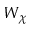
W _ { \chi }